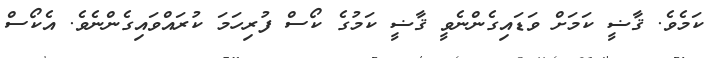
ކަމެވެ. ޤާޟީ ކަމަށް ވަޑައިގެންނެވީ ޤާޟީ ކަމުގެ ކޯސް ފުރިހަމަ ކުރައްވައިގެންނެވެ. އެކޯސް